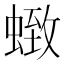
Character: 𮔩